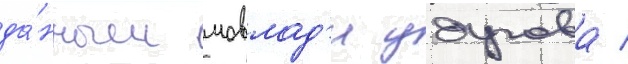
да́нным мовлад'и удугова /